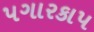
પગારકાપ